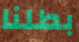
بطلنا